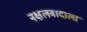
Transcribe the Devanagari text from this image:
नक्षलवादाला